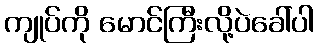
ကျုပ်ကို မောင်ကြီးလို့ပဲခေါ်ပါ